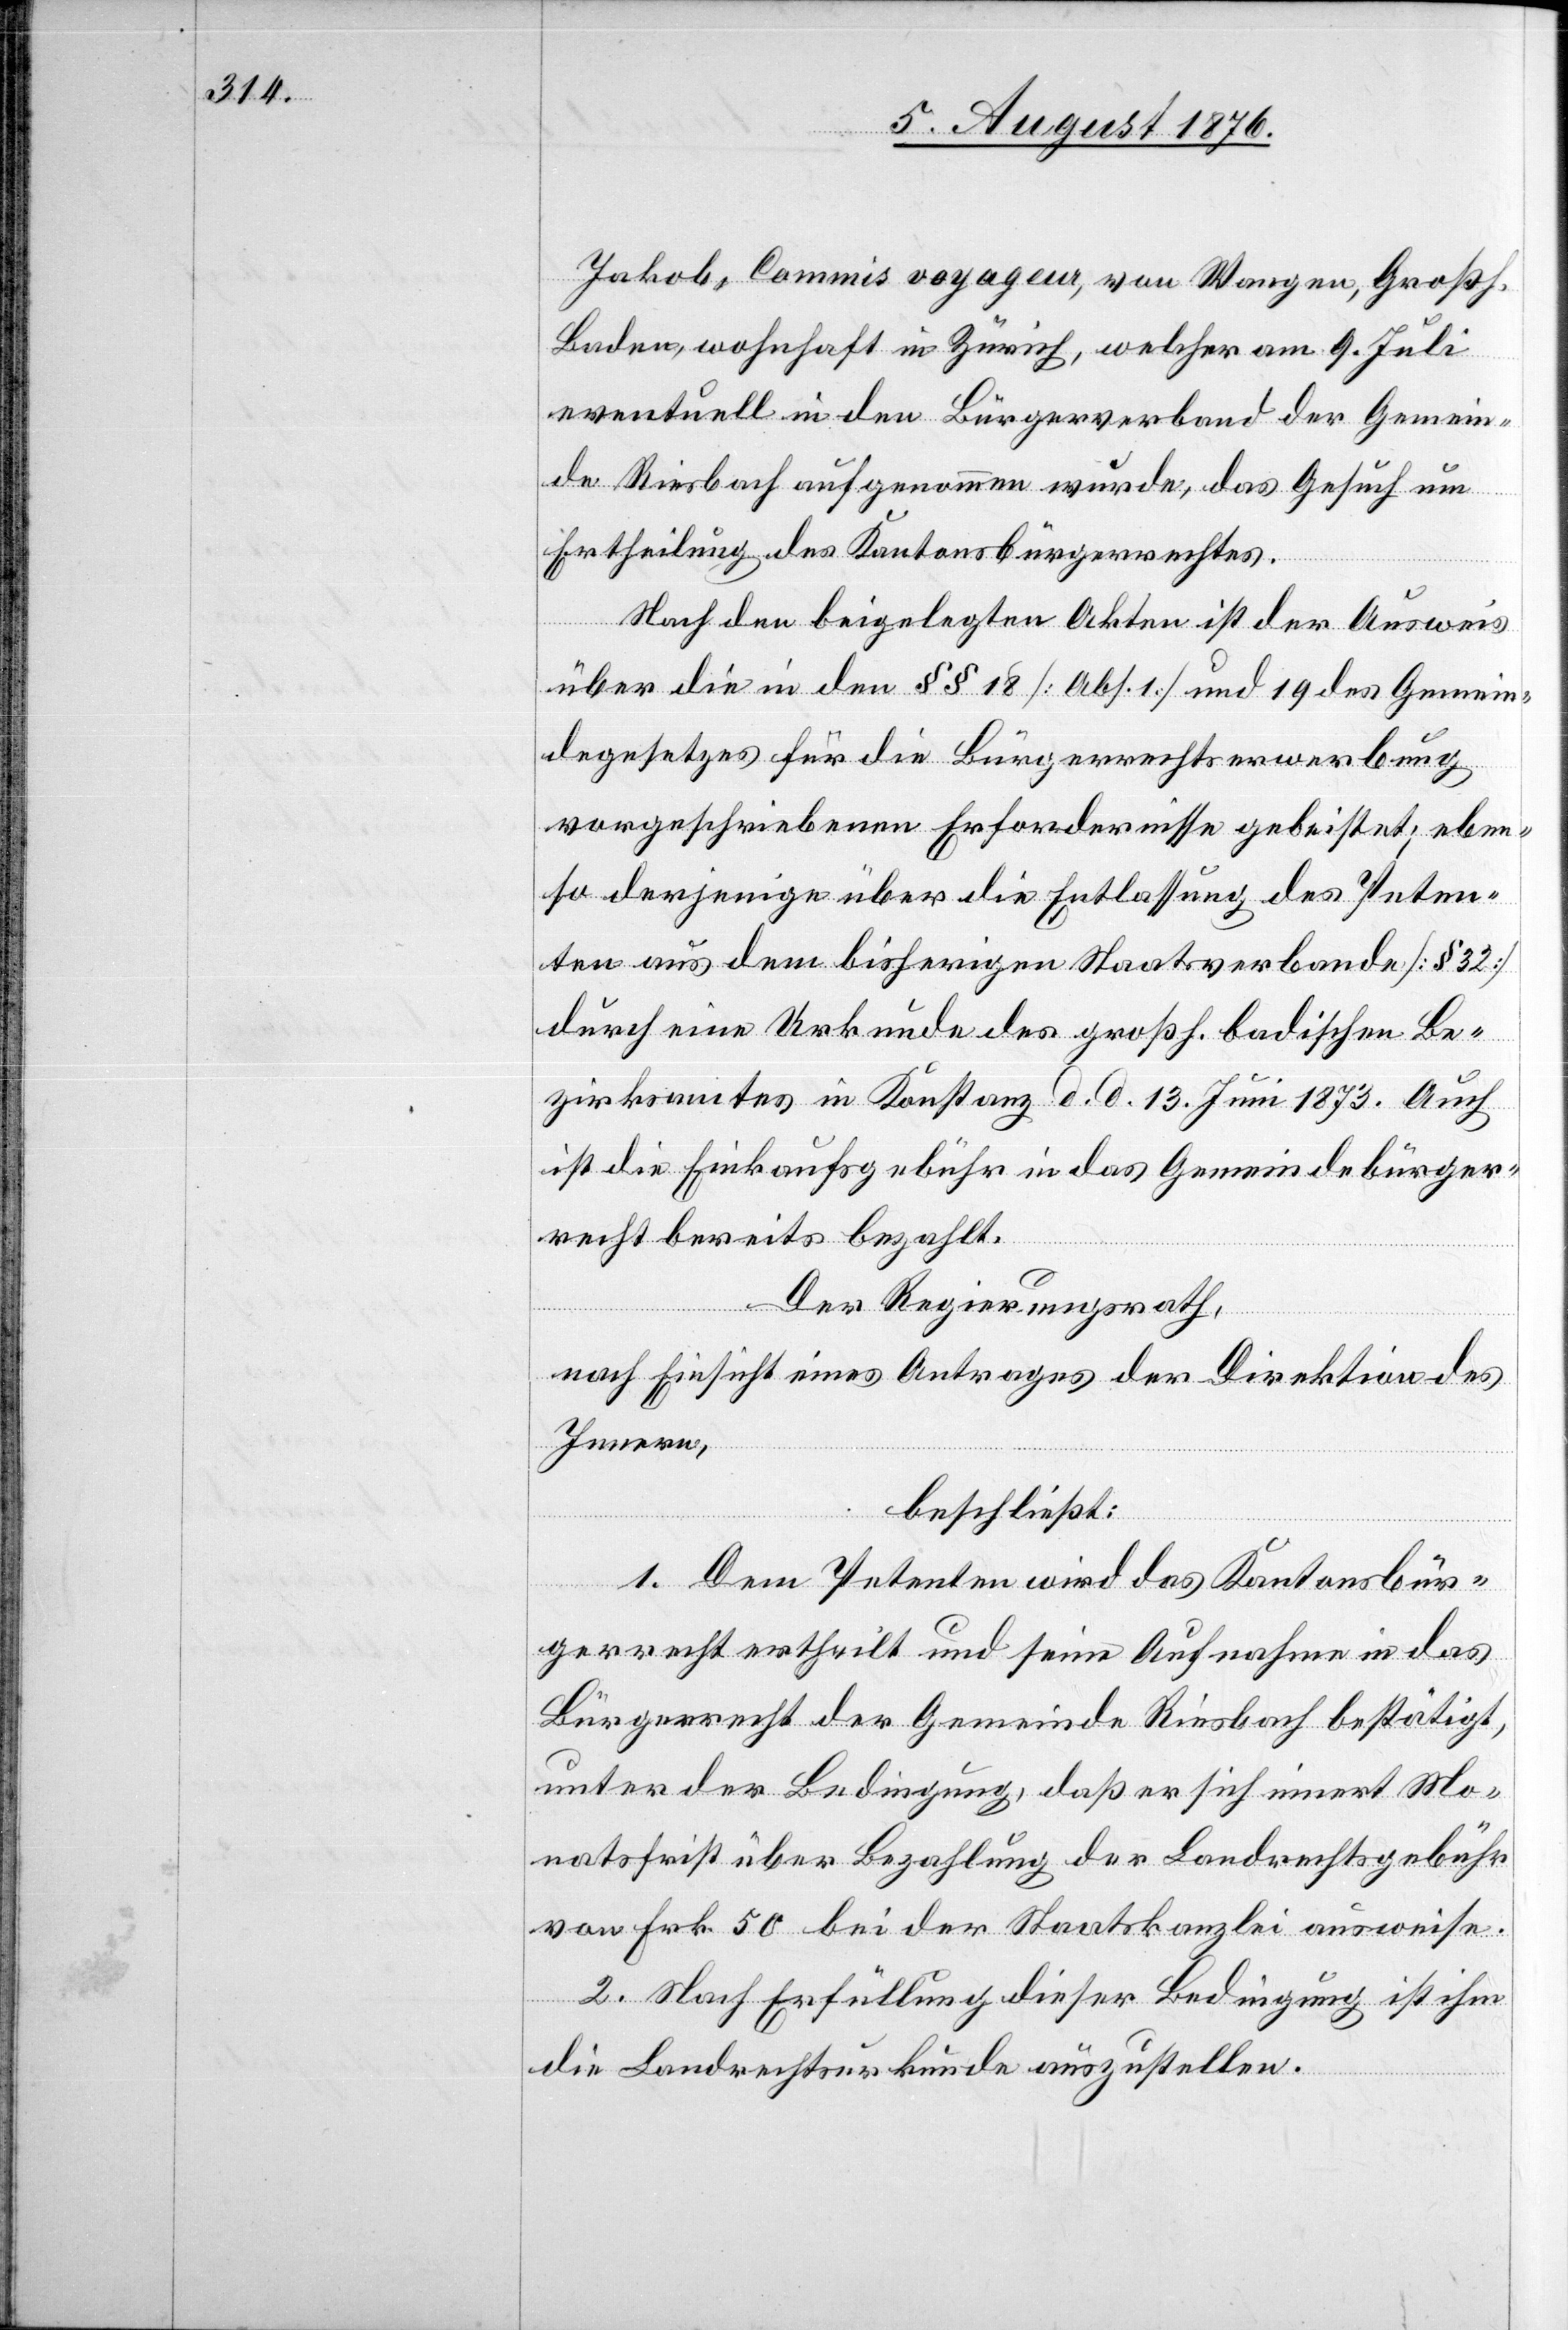
Jakob, Commis voyagem, von Wangen, Großh.
Baden, wohnhaft in Zürich, welcher am 9. Juli
eventuell in den Bürgerverband der Gemein¬
de Riesbach aufgenommen wurde, das Gesuch um
Ertheilung des Kantonsbürgerrechtes.
Nach den beigelegten Akten ist der Ausweis
über die in den §§ 18 [Abs. 1] und 19 des Gemein¬
degesetzes für die Bürgerrechtserwerbung
vorgeschriebenen Erfordernisse geleistet; eben¬
so derjenige über die Entlassung des Peten¬
ten aus dem bisherigen Staatsverbande [§ 32]
durch eine Urkunde des großh. badischen Be¬
zirksamtes in Konstanz d. d. 13. Juni 1873. Auch
ist die Einkaufsgebühr in das Gemeindebürger¬
recht bereits bezahlt.
Der Regierungsrath,
nach Einsicht eines Antrages der Direktion des
Innern,
beschließt:
1. Dem Petenten wird das Kantonsbür¬
gerrecht ertheilt und seine Aufnahme in das
Bürgerrecht der Gemeinde Riesbach bestätigt
unter der Bedingung, daß er sich innert Mo¬
natsfrist über Bezahlung der Landrechtsgebühr
von Frk. 50 bei der Staatskanzlei ausweise.
2. Nach Erfüllung dieser Bedingung ist ihm
die Landrechtsurkunde auszustellen.